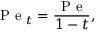
\mathrm { ~ P ~ e ~ } _ { t } = \frac { \mathrm { ~ P ~ e ~ } } { 1 - t } ,